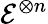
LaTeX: {\mathcal{E}}^{\otimes n}